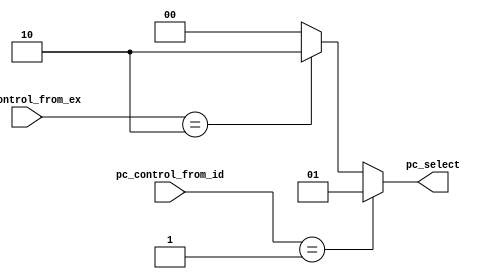
//00 - normal flow, 01 - jal, 10 - jlr,  jri,  beq

module branch_jump_controller (pc_control_from_ex, pc_control_from_id, pc_select);

input [1:0] pc_control_from_ex, pc_control_from_id ;
output reg [1:0] pc_select;

always @(*)
	begin
		if( pc_control_from_id == 2'b01 )	 
		  pc_select = 2'b01;		
		else if ( pc_control_from_ex == 2'b10 )
		  pc_select = 2'b10;		
		else
		 pc_select = 2'b00;			
	end	
endmodule